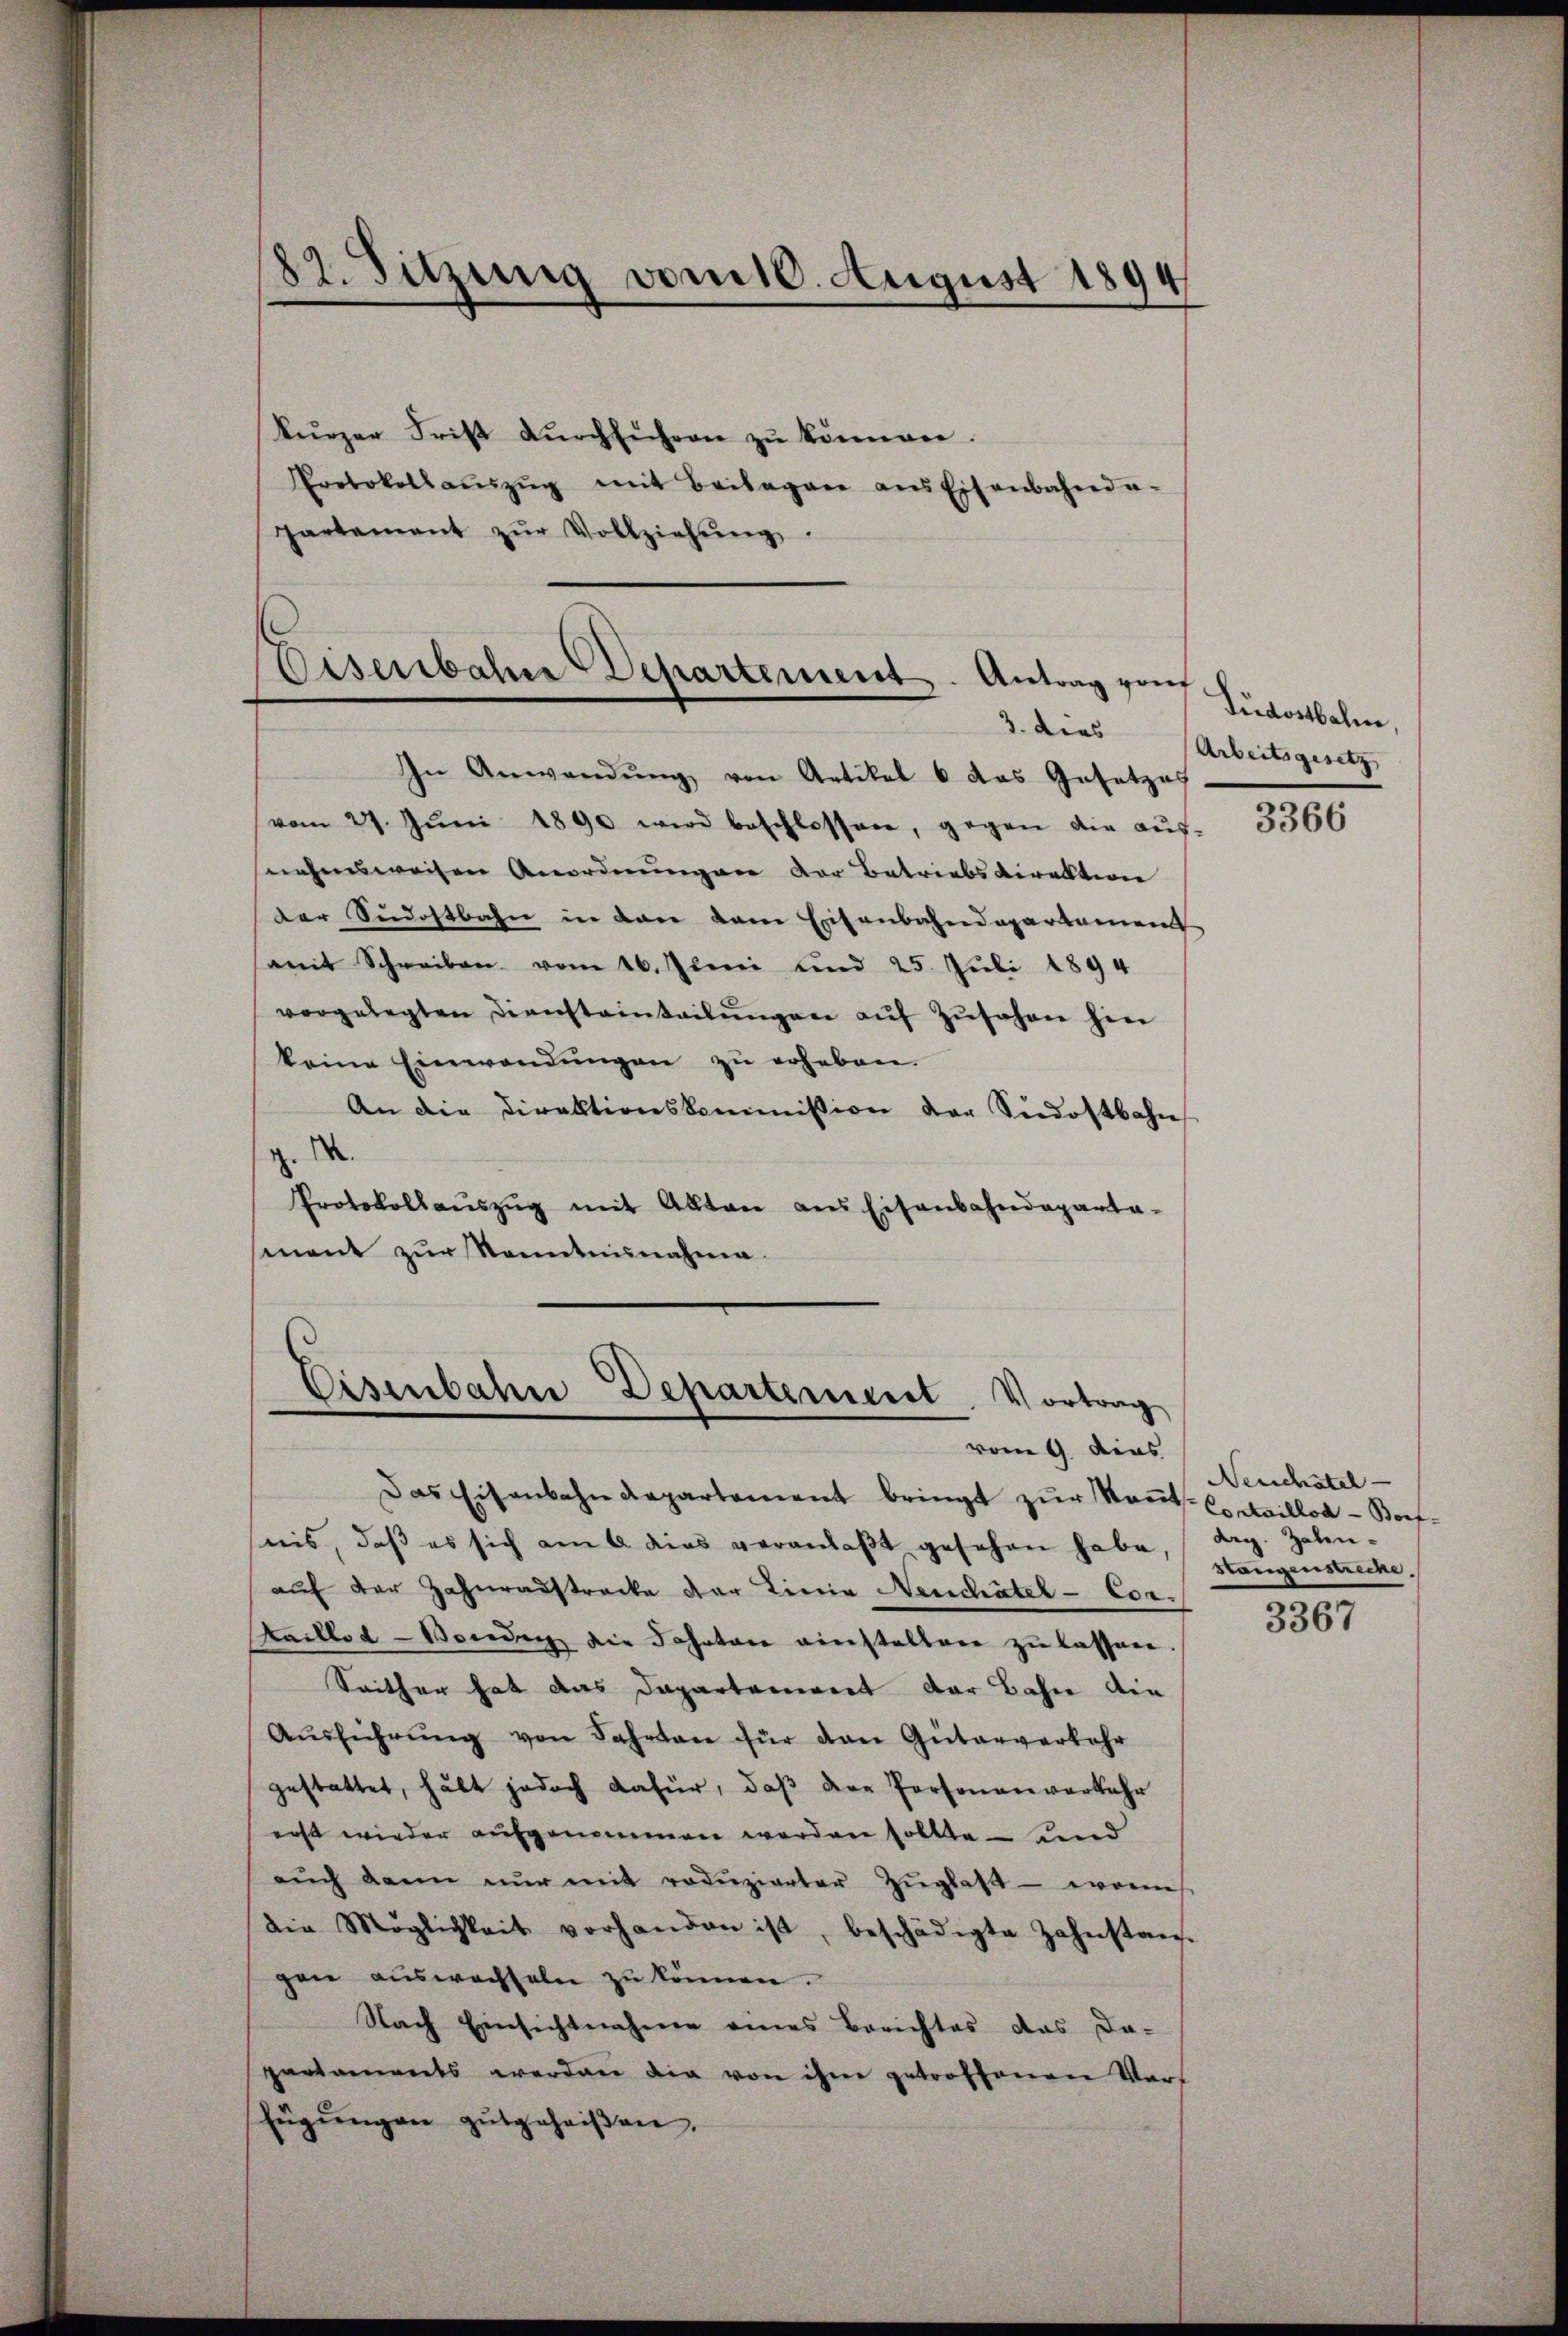
82. Sitzung vom 10. August 1894

kurzer Frist dŭrchsichern zŭ können.
Protokollaŭszŭg mit Beilagen ans Eisenbahnda-
partement zŭr Vollziehŭng.

Eisenbahre Departement. Antrag von

In Anwendŭng von Artikel u. das Gesetzes
vom 27. Jŭni 1890 wird beschlossen, gegen die aŭs-
nahmsweisen Anordnungen der Betriebsdirektion
der Südostbahn in der dem Eisenbahndepartament
mit Schreiben vom 26. Juni und 25. Juli 1894
vorgelegten Diensteinteilŭngen aŭf Zŭsehen hin
keine Einwendungen zu erheben.
An die Direktionskommission der Südostbahn
d
Protokollaŭszŭg mit Alltare aus Eisenbahndeparta-
ment zŭr Stenntnisnahme.

Eisenbahn Departement. Vortrag
vom 9. dens

Das Eisenbahndepartement bringt zŭr Kant. C. Saillod-Borfnis, daß es sich am 6 dies veranlaßt gesehen habe,
auf der Zahnradstrecke der Linie Neuchâtel - Cor¬
Kaillod-Bonŭng die Fahrten einstalten zŭ lassen.
Seither hat das Dapartement der Bahn die
Aŭsführŭng von Fahrten für den Güterverfahr
gestattet, hält jedoch dafür, daß der Personenverkehr
erst wieder aufgenommen werden sollte – und
aŭch dann nŭr mit roduzierter Zŭglatt - wonis
die Möglichkeit vorhanden ist, beschädigte Zahnstan-
gen auswachseln zu können.
Nach Einsichtnahme eines Berichtes das Da-
parlaments averdan die von ihm getroffenen Vorf
fügŭngen gutgeheißen,

Tüdostbahn.
3. das Arbeitsgesetz

3366

Neuchâtel
dig. Zalen¬
Stangenstrecke
3367